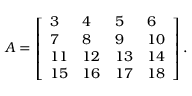
\begin{array} { r } { A = \left[ \begin{array} { l l l l } { 3 } & { 4 } & { 5 } & { 6 } \\ { 7 } & { 8 } & { 9 } & { 1 0 } \\ { 1 1 } & { 1 2 } & { 1 3 } & { 1 4 } \\ { 1 5 } & { 1 6 } & { 1 7 } & { 1 8 } \end{array} \right] . } \end{array}